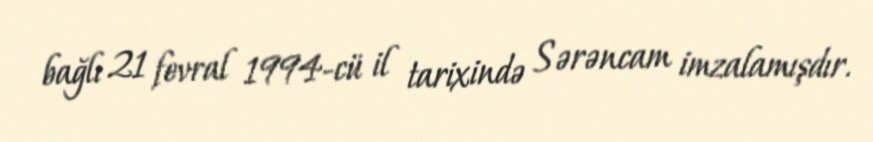
bağlı 21 fevral 1994-cü il tarixində Sərəncam imzalamışdır.